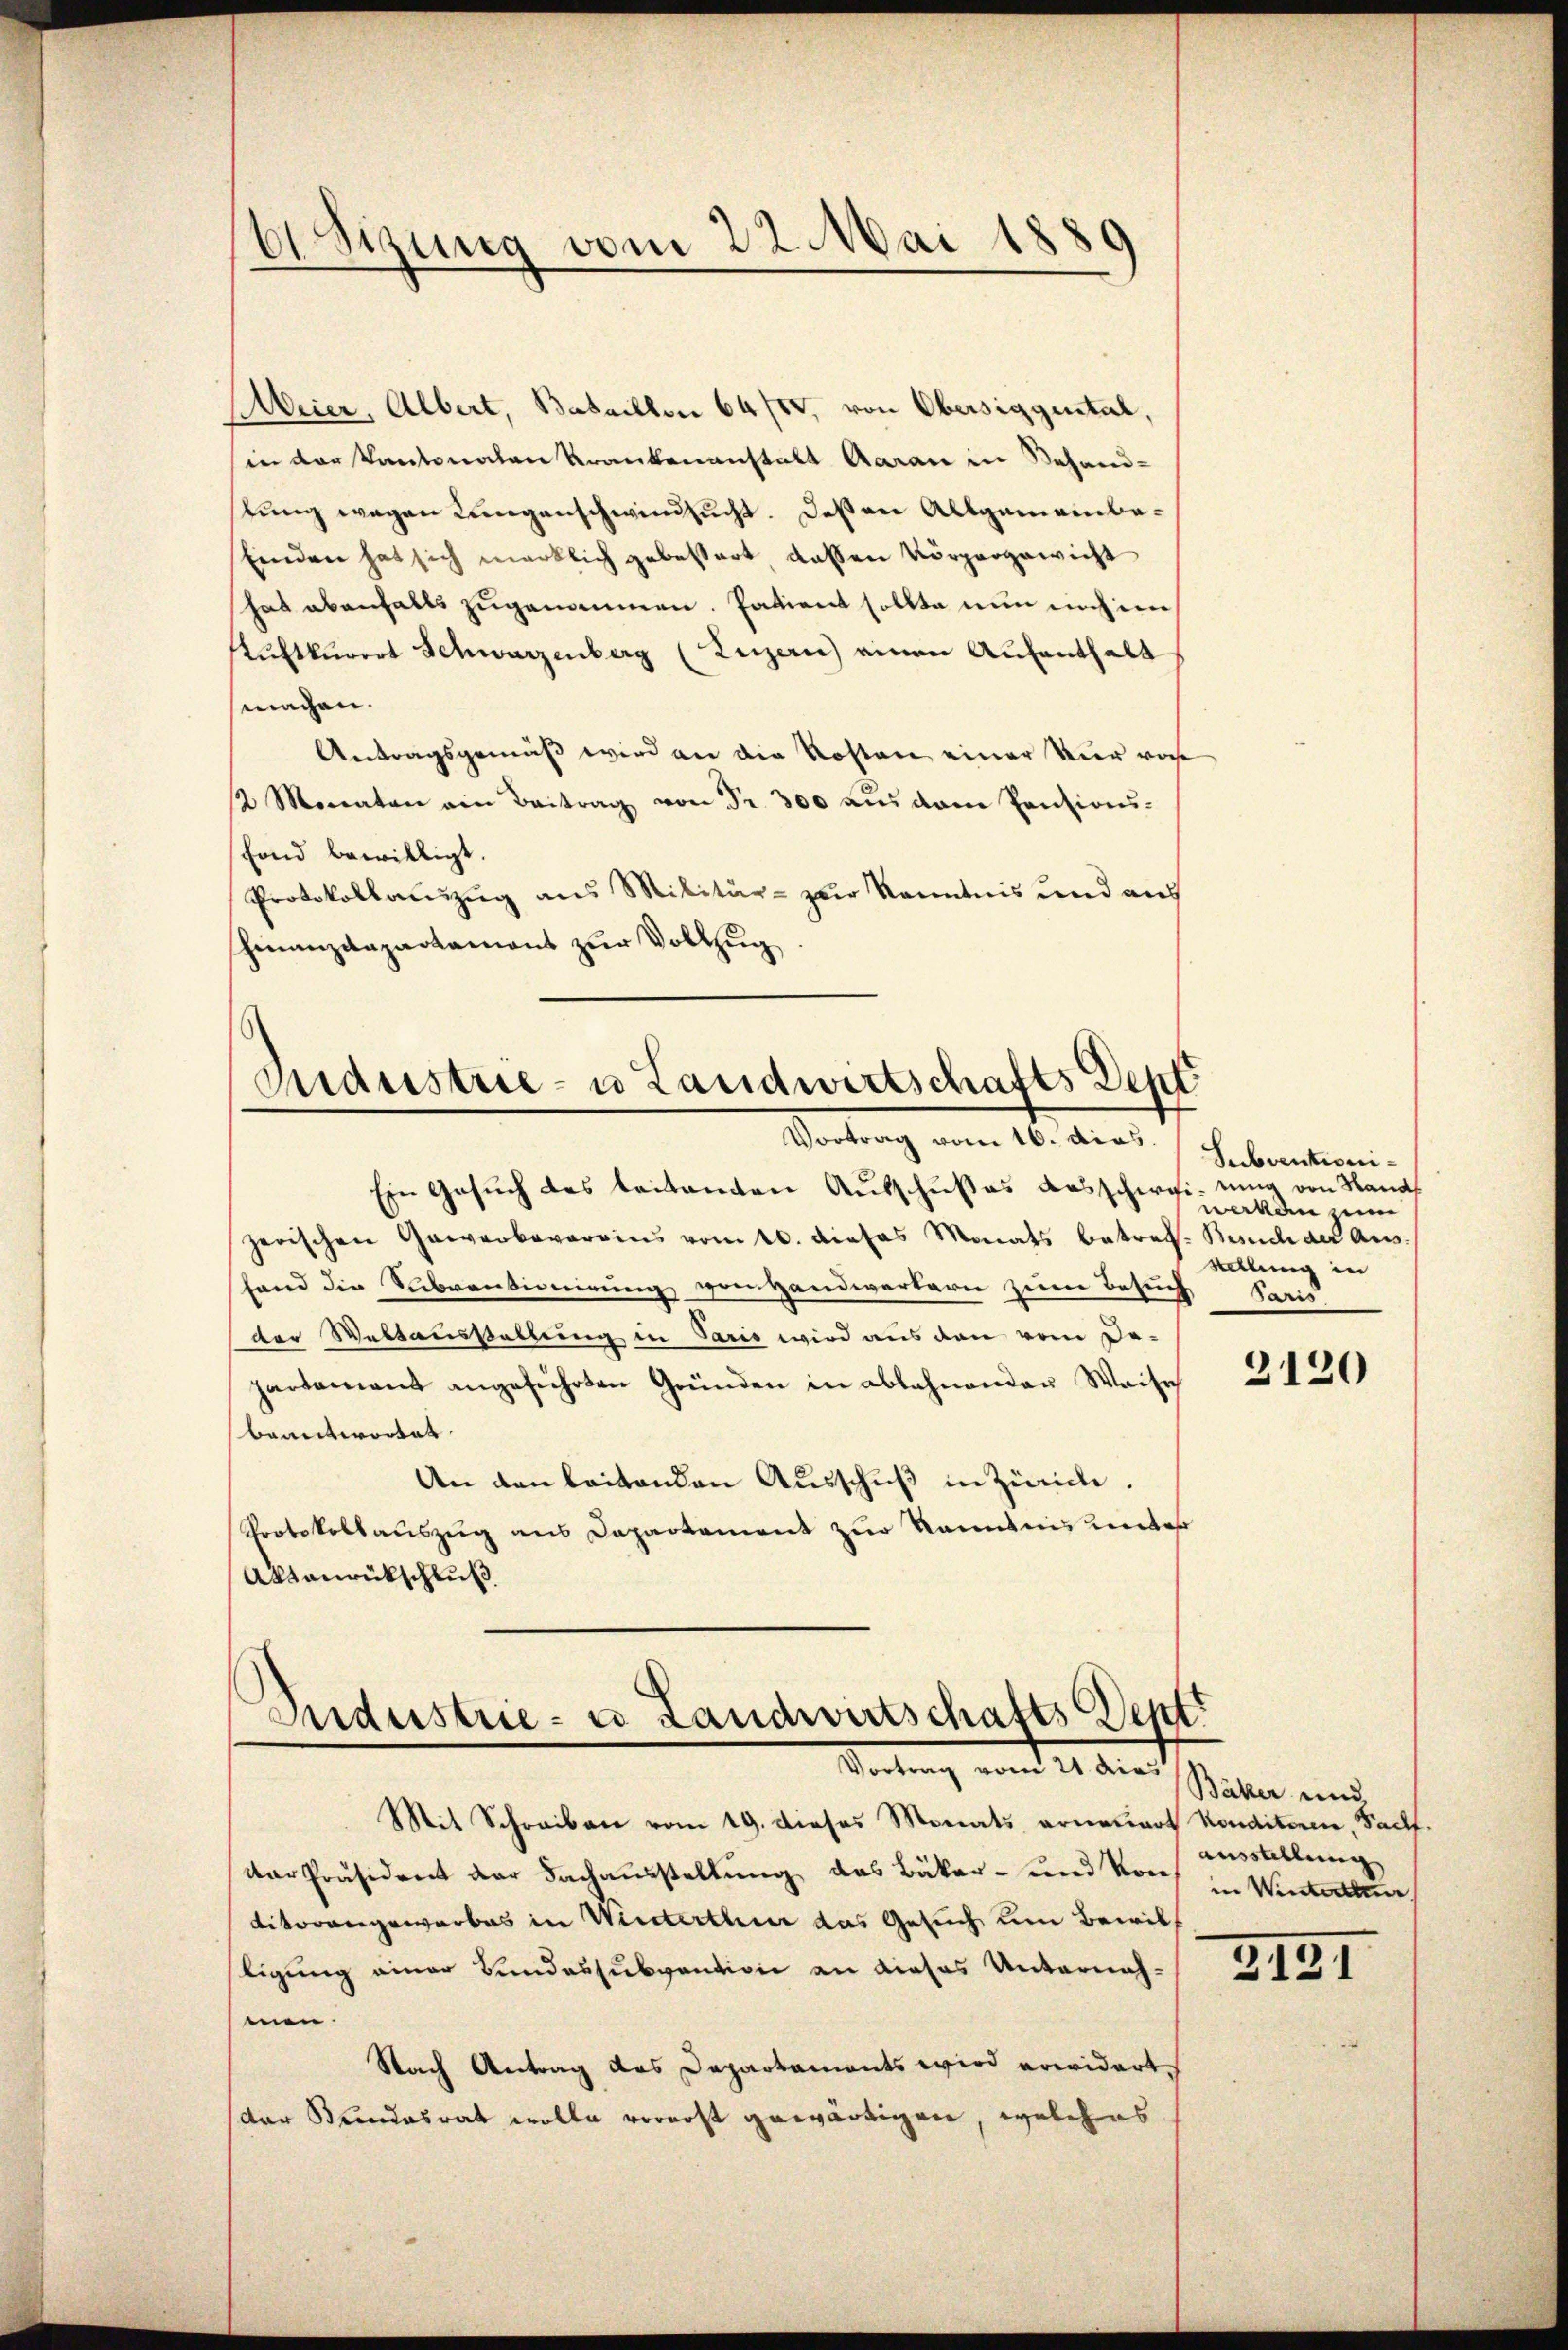
Aeier, Albert, Bataillon 64/50, von Obersiggestal,
in der Kantonalen Krankenanstalt Aarau in Behand-
stung wegen Langenschwindsucht. Deßen Allgemeinba-
Einden hat sich merklich gebessert dassen körpergewicht
hat ebenfalls zugenommen. Patient sollte nun unhei
Ruftkurort Schwarzenberg (Luzern) einen Aufenthalt
machen.
Antragsgemäß wird an die Kosten einer nur vor
2 Monaten ein Beitrag von Fr. 300 aŭs dem Pensions-
fond bewilligt.
Protokollauszug aus Militär- zur Kenntnis und aus
hinanzdepartament zur Vollzug

6Sizung vom 22. Mai 1889

Gudustrie- u Landwirtschafts Dent
d
Vortrag vom 16. dies.

Sudustrie- u Landwirtschafts Dentr
Vortrag vom 21 dies

Mit Schreiben vom 19. dieses Monats ernenart Konditoren, Palf.
var Präsident der Fachausstellung des Bäker- und von
ditorangewarbes in Winterthur das Gesuch um Bewilligung einer Bundessubvention an dieses Unternahmen.
Nach Antrag das Departaments wird erwidert.
(der Bundesrat wolle vorerst gewärtigen, welches

Ein Gesŭch des beitenden Aŭsschußes ausschwei- nur von Hand
zerischen Gewerbevereins vom 10. dieses Monats betreff. Besuch der Aus-
hand die Subventionirung von Handwerterie zeine Besuch Paris
der Weltausstellung in Paris wird aus den vom De-
partament angeführten Gründen in ablehnenden Waise
beantwortet.
An den beitenden Ausschuß in Zürich.
Protokollauszug aus Departament zur kanntnis unter
Aanrückschluß

Subventioniwerken zum
volung in
3120

Bäker und
ausstellung
in Winterthur
2131